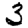
Digit: 3